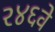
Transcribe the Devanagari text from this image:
२४६वे